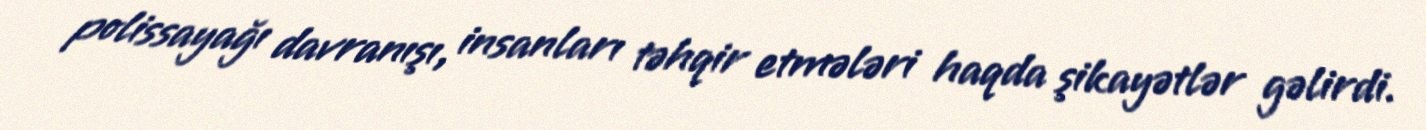
polissayağı davranışı, insanları təhqir etmələri haqda şikayətlər gəlirdi.